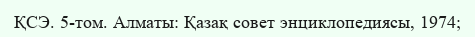
ҚСЭ. 5-том. Алматы: Қазақ совет энциклопедиясы, 1974;